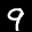
Digit: 9